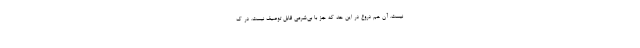
نیست. آن هم دروغ در این حد که جز با بی‌شرمی قابل توصیف نیست. در ک